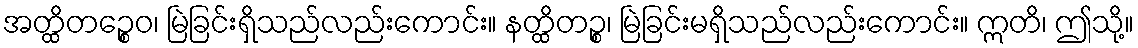
အတ္ထိတဉ္စေဝ၊ မြဲခြင်းရှိသည်လည်းကောင်း။ နတ္ထိတဉ္စ၊ မြဲခြင်းမရှိသည်လည်းကောင်း။ ဣတိ၊ ဤသို့။